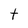
Character: t